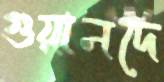
গুয়ানদে